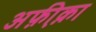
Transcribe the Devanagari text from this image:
अफ़ी़क़ा